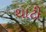
થાટી